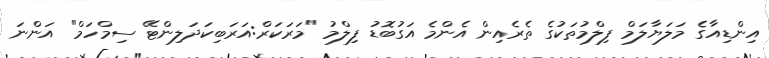
އިންޑިއާގެ މަލަޔާލަމް ފިލްމުތަކުގެ ތެރެއިން އެންމެ އަގުބޮޑު ފިލްމު "މަރަކަރް:އަރަބިކަދަލިންޓޭ ސިމްހަމް" އަންނަ